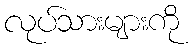
လုပ်သားများကို